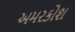
અમરકોશ